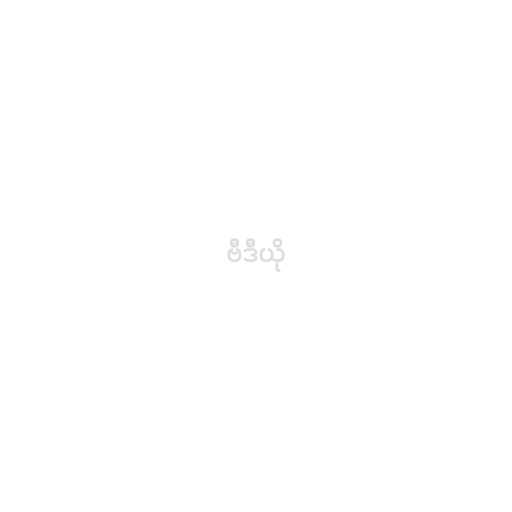
ဗီဒီယို